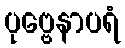
ပုဗ္ဗေနာပရံ